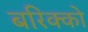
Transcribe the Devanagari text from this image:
बरिक्को